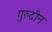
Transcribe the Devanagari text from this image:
गुरुदीन